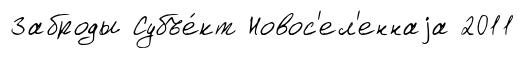
Заброды Субъе́кт Новос'ел'еннаjа 2011